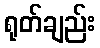
ရုတ်ချည်း